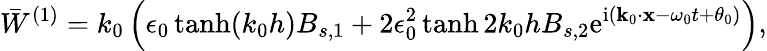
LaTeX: \bar{W}^{(1)}=k_{0}\left(\epsilon_{0}\operatorname{tanh}(k_{0}h)B_{s,1}+2\epsilon_{0}^{2}\operatorname{tanh}2k_{0}hB_{s,2}\mathrm{e}^{\mathrm{i}(\mathbf{k}_{0}\cdot\mathbf{x}-\omega_{0}t+\theta_{0})}\right),